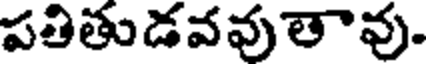
పతితుడవవుతావు.